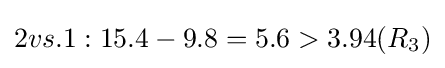
2vs.1:15.4-9.8=5.6>3.94(R_{3})